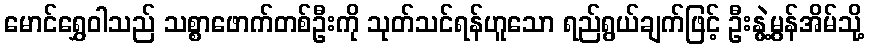
မောင်ရွှေဝါသည် သစ္စာဖောက်တစ်ဦးကို သုတ်သင်ရန်ဟူသော ရည်ရွယ်ချက်ဖြင့် ဦးနွဲ့မွန်အိမ်သို့